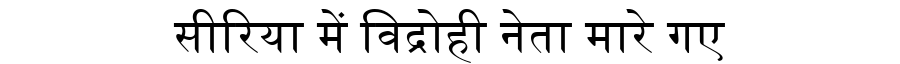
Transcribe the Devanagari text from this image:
सीरिया में विद्रोही नेता मारे गए